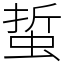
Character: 蜇